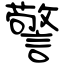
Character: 警